Dysentery and liver abscess in Bombay - Number 47
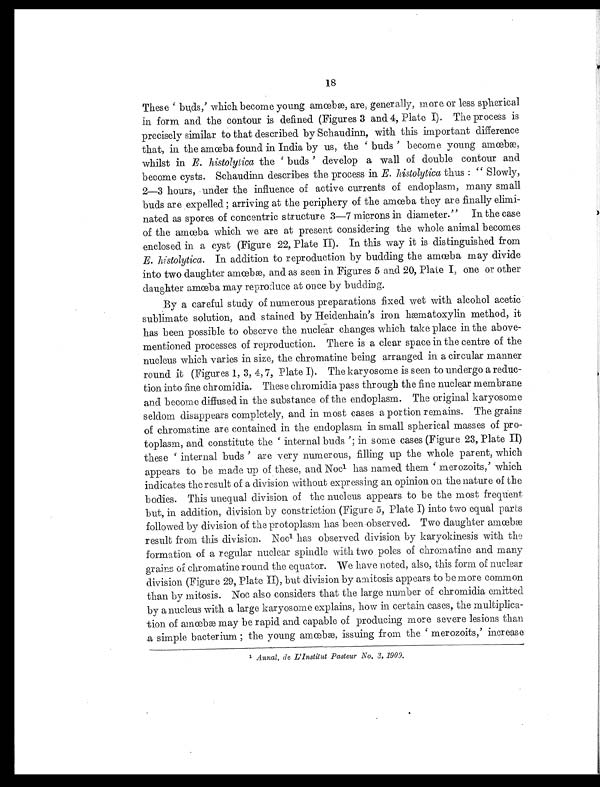
18
These 'buds,' which become young amœbæ, are, generally, more or less spherical
in form and the contour is defined (Figures 3 and 4, Plate I). The process is
precisely similar to that described by Schaudinn, with this important difference
that, in the amœba found in India by us, the ' buds ' become young amœbæ,
whilst in E. histolytica the ' buds ' develop a wall of double contour and
become cysts. Schaudinn describes the process in E. histolytica thus : " Slowly,
2—3 hours, under the influence of active currents of endoplasm, many small
buds are expelled ; arriving at the periphery of the amœba they are finally elimi-
nated as spores of concentric structure 3—7 microns in diameter." In the case
of the amœba which we are at present considering the whole animal becomes
enclosed in a cyst (Figure 22, Plate II). In this way it is distinguished from
E. histolytica. In addition to reproduction by budding the amœba may divide
into two daughter amœbæ, and as seen in Figures 5 and 20, Plate I, one or other
daughter amœba may reproduce at once by budding.
By a careful study of numerous preparations fixed wet with alcohol acetic
sublimate solution, and stained by Heidenhain's iron hæmatoxylin method, it
has been possible to observe the nuclear changes which take place in the above-
mentioned processes of reproduction. There is a clear space in the centre of the
nucleus which varies in size, the chromatine being arranged in a circular manner
round it (Figures 1, 3, 4, 7, Plate I). The karyosome is seen to undergo a reduc-
tion into fine chromidia. These chromidia pass through the fine nuclear membrane
and become diffused in the substance of the endoplasm. The original karyosome
seldom disappears completely, and in most cases a portion remains. The grains
of chromatine are contained in the endoplasm in small spherical masses of pro-
toplasm, and constitute the 'internal buds '; in some cases (Figure 23, Plate II)
these 'internal buds ' are very numerous, filling up the whole parent, which
appears to be made up of these, and Noc l has named them 'merozoits,' which
indicates the result of a division without expressing an opinion on the nature of the
bodies. This unequal division of the nucleus appears to be the most frequent
but, in addition, division by constriction (Figure 5, Plate I) into two equal parts
followed by division of the protoplasm has been observed. Two daughter amœbæ
result from this division. Noc1 has observed division by karyokinesis with the
formation of a regular nuclear spindle with two poles of chromatine and many
grains of chromatine round the equator. We have noted, also, this form of nuclear
division (Figure 29, Plate II), but division by amitosis appears to be more common
than by mitosis. Noc also considers that the large number of chromidia emitted
by a nucleus with a large karyosome explains, how in certain cases, the multiplica-
tion of amœbæ may be rapid and capable of producing more severe lesions than
a simple bacterium ; the young amœbæ, issuing from the 'merozoits,' increase
1
A n n a l . d e L ' I n s t i t u t P a s t e u r N o . 3 , 1 9 0 9 .